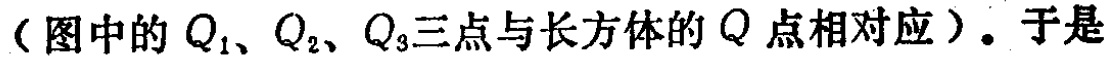
（图中的 \(Q_1、Q_2、Q_3\)三点与长方体的 \(Q\)点相对应）。于是